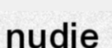
nudie